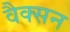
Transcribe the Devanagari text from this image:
वैक्सन